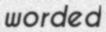
worded